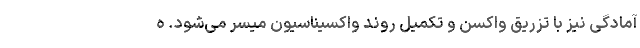
آمادگی نیز با تزریق واکسن و تکمیل روند واکسیناسیون میسر می‌شود. ه